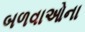
બળવાઓના